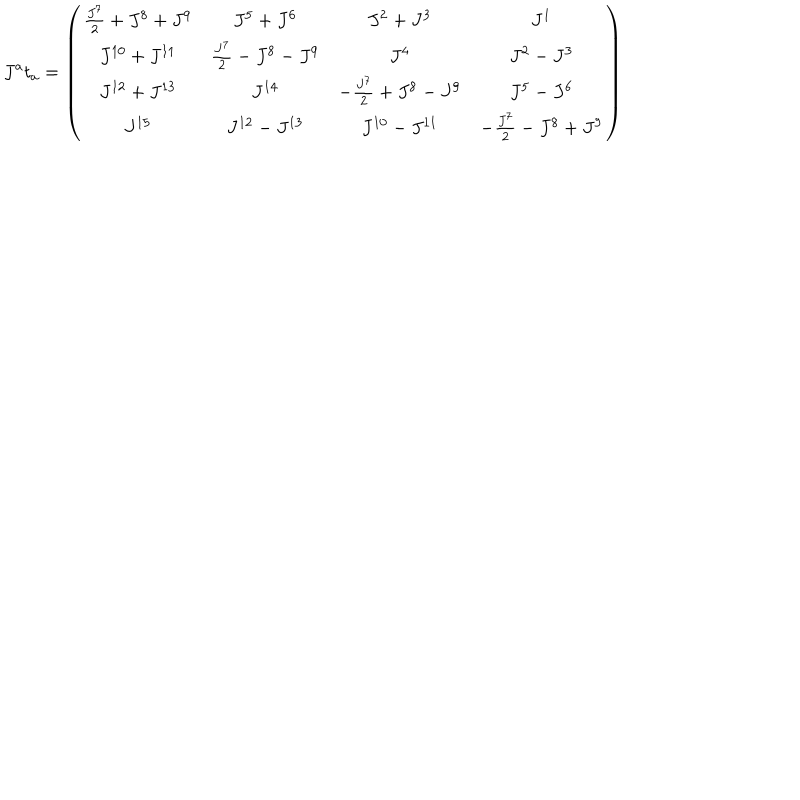
J ^ { a } t _ { a } = \left( \begin{array} { c c c c } { { \frac { J ^ { 7 } } { 2 } + J ^ { 8 } + J ^ { 9 } } } & { { J ^ { 5 } + J ^ { 6 } } } & { { J ^ { 2 } + J ^ { 3 } } } & { { J ^ { 1 } } } \\ { { J ^ { 1 0 } + J ^ { 1 1 } } } & { { \frac { J ^ { 7 } } { 2 } - J ^ { 8 } - J ^ { 9 } } } & { { J ^ { 4 } } } & { { J ^ { 2 } - J ^ { 3 } } } \\ { { J ^ { 1 2 } + J ^ { 1 3 } } } & { { J ^ { 1 4 } } } & { { - \frac { J ^ { 7 } } { 2 } + J ^ { 8 } - J ^ { 9 } } } & { { J ^ { 5 } - J ^ { 6 } } } \\ { { J ^ { 1 5 } } } & { { J ^ { 1 2 } - J ^ { 1 3 } } } & { { J ^ { 1 0 } - J ^ { 1 1 } } } & { { - \frac { J ^ { 7 } } { 2 } - J ^ { 8 } + J ^ { 9 } } } \\ \end{array} \right)